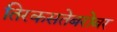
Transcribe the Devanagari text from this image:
तिरकसतेबरोबर